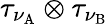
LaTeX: \tau_{\nu_{\mathrm{A}}}\otimes\tau_{\nu_{\mathrm{B}}}